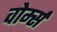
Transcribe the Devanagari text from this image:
वोर्म्स